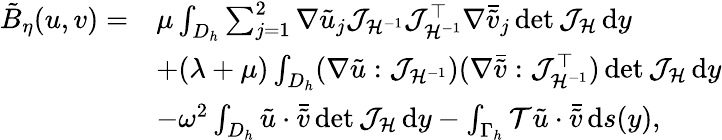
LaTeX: \begin{array}{rl}{\tilde{B}_{\eta}(u,v)=}&{\mu\int_{D_{h}}\sum_{j=1}^{2}\nabla\tilde{u}_{j}\mathcal{J}_{\mathcal{H}^{-1}}\mathcal{J}_{\mathcal{H}^{-1}}^{\top}\nabla\bar{\tilde{v}}_{j}\operatorname*{det}{\mathcal{J}_{\mathcal{H}}}\, \mathrm{d}y}\\ &{+(\lambda+\mu)\int_{D_{h}}(\nabla\tilde{u}:\mathcal{J}_{\mathcal{H}^{-1}})(\nabla\bar{\tilde{v}}:\mathcal{J}_{\mathcal{H}^{-1}}^{\top})\operatorname*{det}{\mathcal{J}_{\mathcal{H}}}\, \mathrm{d}y}\\ &{-\omega^{2}\int_{D_{h}}\tilde{u}\cdot\bar{\tilde{v}}\operatorname*{det}{\mathcal{J}_{\mathcal{H}}}\, \mathrm{d}y-\int_{\Gamma_{h}}\mathcal{T}\tilde{u}\cdot\bar{\tilde{v}}\, \mathrm{d}s(y),}\end{array}